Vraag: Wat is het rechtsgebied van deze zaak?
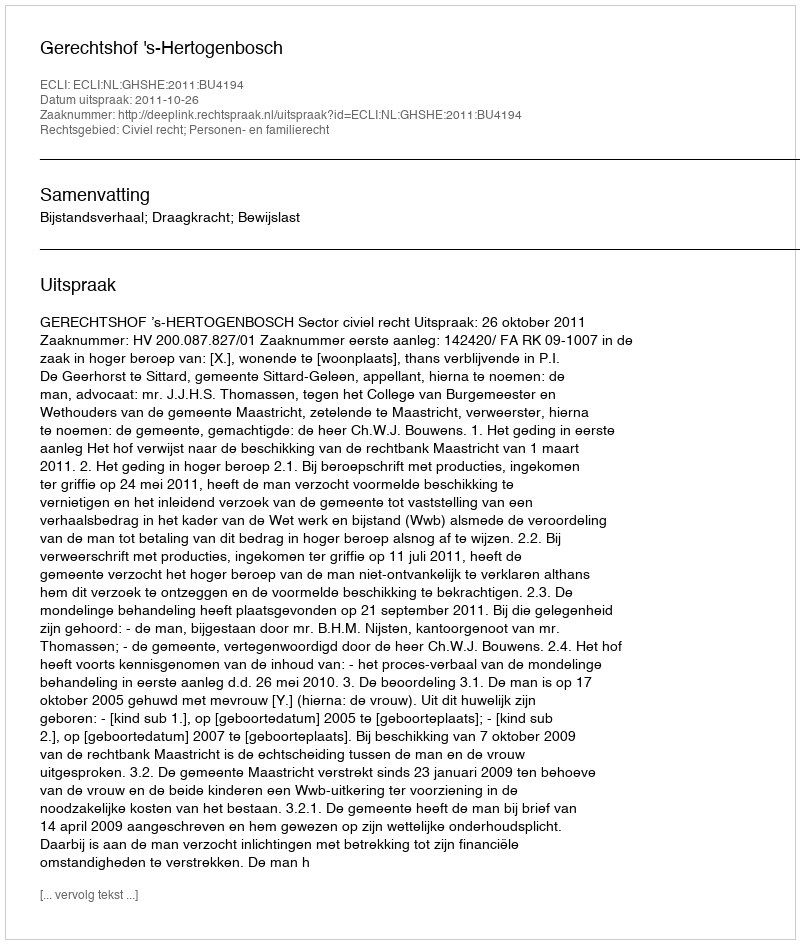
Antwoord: Civiel recht; Personen- en familierecht